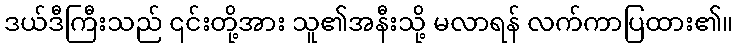
ဒယ်ဒီကြီးသည် ၎င်းတို့အား သူ၏အနီးသို့ မလာရန် လက်ကာပြထား၏။